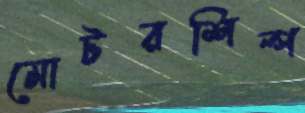
মোটরশিল্প